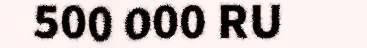
500 000 RU